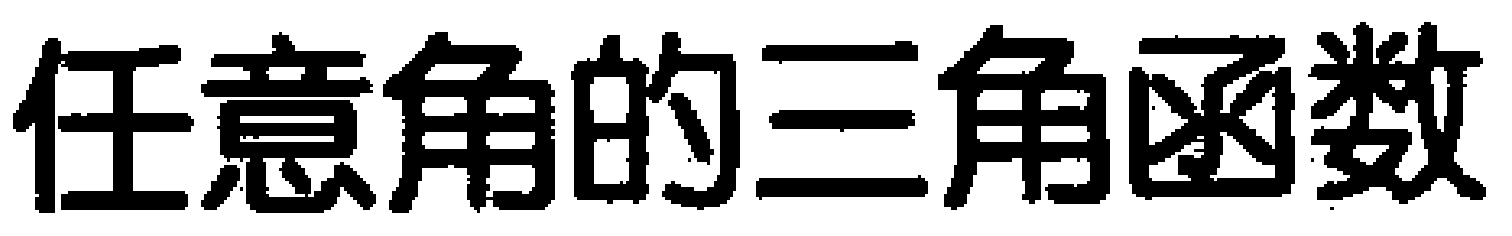
任意角的三角函数